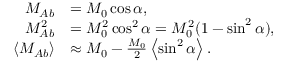
\begin{array} { r l } { M _ { A b } } & { = M _ { 0 } \cos \alpha , } \\ { M _ { A b } ^ { 2 } } & { = M _ { 0 } ^ { 2 } \cos ^ { 2 } \alpha = M _ { 0 } ^ { 2 } ( 1 - \sin ^ { 2 } \alpha ) , } \\ { \left\langle { M _ { A b } } \right\rangle } & { \approx M _ { 0 } - \frac { M _ { 0 } } { 2 } \left\langle { \sin ^ { 2 } \alpha } \right\rangle . } \end{array}